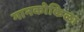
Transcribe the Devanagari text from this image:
गानकोकिळा